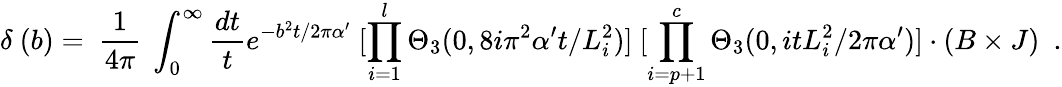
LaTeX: \delta~(b)=~\frac{1}{4\pi}~\int_{0}^{\infty}\frac{dt}{t}e^{-b^{2}t/2\pi\alpha^{\prime}}~[\prod_{i=1}^{l}\Theta_{3}(0,8i\pi^{2}\alpha^{\prime}t/L_{i}^{2})]~[\prod_{i=p+1}^{c}\Theta_{3}(0,itL_{i}^{2}/2\pi\alpha^{\prime})]\cdot(B\times J)~~.